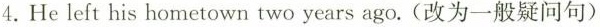
4.He left his hometown two years ago.(改为一般疑问句)